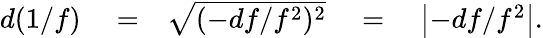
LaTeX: \begin{array}{rlr}{d(1/f)}&{{}=}&{\sqrt{(-df/f^{2})^{2}}\quad=\quad\left|-df/f^{2}\right|.}\end{array}